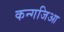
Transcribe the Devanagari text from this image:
कन्गजिआ